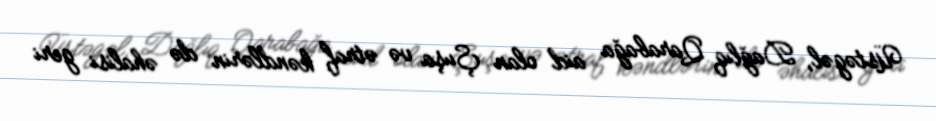
Üstəgəl, Dağlıq Qarabağa aid olan Şuşa və ətraf kəndlərin də əhalisi geri